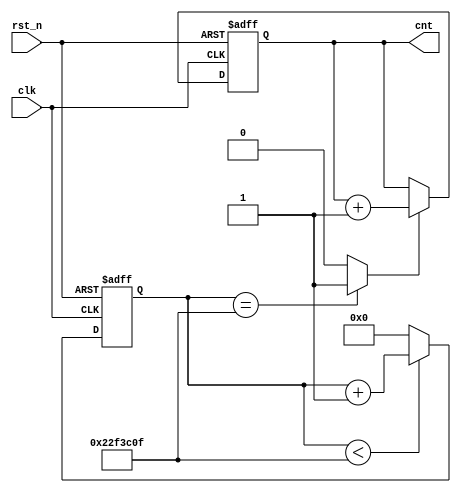
module speed_ctrl_04 (

  input   wire            clk,
  input   wire            rst_n,
  
  output  reg   [5:0]     cnt
);

  parameter T_250ms   =   36_650_000;
  
  reg           [25:0]    count;
  wire                    flag_250ms;
  
  always @ (posedge clk, negedge rst_n) begin
    if (rst_n == 1'b0)
      count <= 26'd0;
    else
      if (count < T_250ms - 1'b1)
        count <= count + 1'b1;
      else
        count <= 26'd0;
  end

  assign flag_250ms = (count == T_250ms - 1'b1) ? 1'b1 : 1'b0;
    
  always @ (posedge clk, negedge rst_n) begin
    if (rst_n == 1'b0)
      cnt <= 6'd0;
    else
      if (flag_250ms == 1'b1)
        cnt <= cnt + 1'b1;
      else
        cnt <= cnt;
  end

endmodule